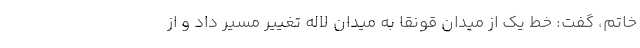
خاتم، گفت: خط یک از میدان قونقا به میدان لاله تغییر مسیر داد و از